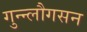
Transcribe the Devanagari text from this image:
गुन्न्लौगसन